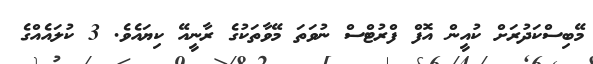
މޭބިސްކަދުރަށް ކުއީން އޮފް ފްރުޓްސް ނުވަތަ މޭވާތަކުގެ ރާނީއޭ ކިޔައެވެ. 3 ކުލައެއްގެ